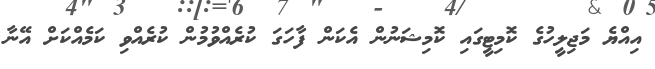
އިއްޔެ މަޖިލީހުގެ ކޮމިޓީގައި ކޮމިޝަނުން އެކަން ފާހަގަ ކުރެއްވުމުން ކުރެއްވި ކަމެއްކަށް އޭނާ